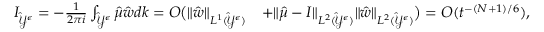
\begin{array} { r l } { I _ { \hat { \mathcal { Y } } ^ { \epsilon } } = - \frac { 1 } { 2 \pi i } \int _ { \hat { \mathcal { Y } } ^ { \epsilon } } \hat { \mu } \hat { w } d k = O \big ( \| \hat { w } \| _ { L ^ { 1 } ( \hat { \mathcal { Y } } ^ { \epsilon } ) } } & { + \| \hat { \mu } - I \| _ { L ^ { 2 } ( \hat { \mathcal { Y } } ^ { \epsilon } ) } \| \hat { w } \| _ { L ^ { 2 } ( \hat { \mathcal { Y } } ^ { \epsilon } ) } \big ) = O ( t ^ { - ( N + 1 ) / 6 } ) , } \end{array}